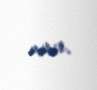
verir.